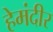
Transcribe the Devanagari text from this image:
हेमंदीर